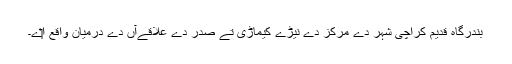
بندرگاہ قدیم کراچی شہر دے مرکز دے نیڑے کیماڑی تے صدر دے علاقےآں دے درمیان واقع ا‏‏ے۔